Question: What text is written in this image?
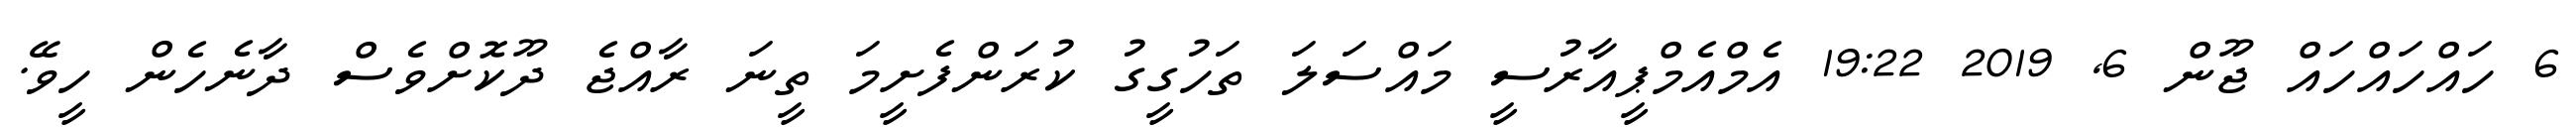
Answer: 6 ހައްހައްހައް ޖޫން 6, 2019 19:22 އެމްއެމްޕީއާރުސީ މައްސަލަ ތަހުގީގު ކުރަންފެށީމަ ތީނަ ރާއްޖެ ދޫކޮށްވެސް ދާނެހެން ހީވޭ.